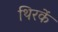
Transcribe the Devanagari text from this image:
थिरकें